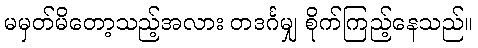
မမှတ်မိတော့သည့်အလား တဒင်္ဂမျှ စိုက်ကြည့်နေသည်။